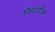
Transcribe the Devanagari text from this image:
नियार्शोअर